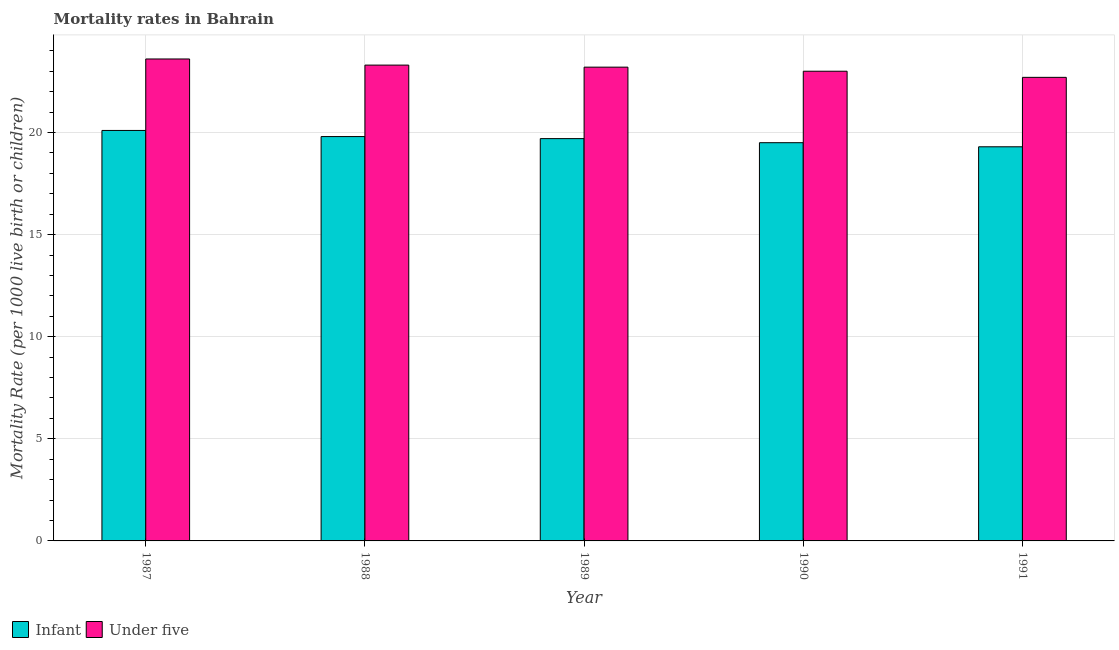
| Year | Infant | Under five |
 | --- | --- | --- |
 | 1987 | 20.1 | 23.6 |
 | 1988 | 19.8 | 23.3 |
 | 1989 | 19.7 | 23.2 |
 | 1990 | 19.5 | 23 |
 | 1991 | 19.3 | 22.7 |